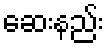
ဆေးနည်း